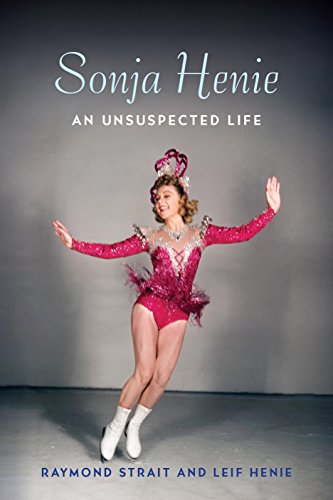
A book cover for Sonja Henie: An Unsuspected Life; Raymond Strait; Sports & Outdoors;